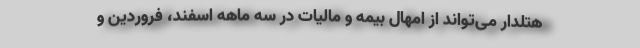
هتلدار می‌تواند از امهال بیمه و مالیات در سه ماهه اسفند، فروردین و